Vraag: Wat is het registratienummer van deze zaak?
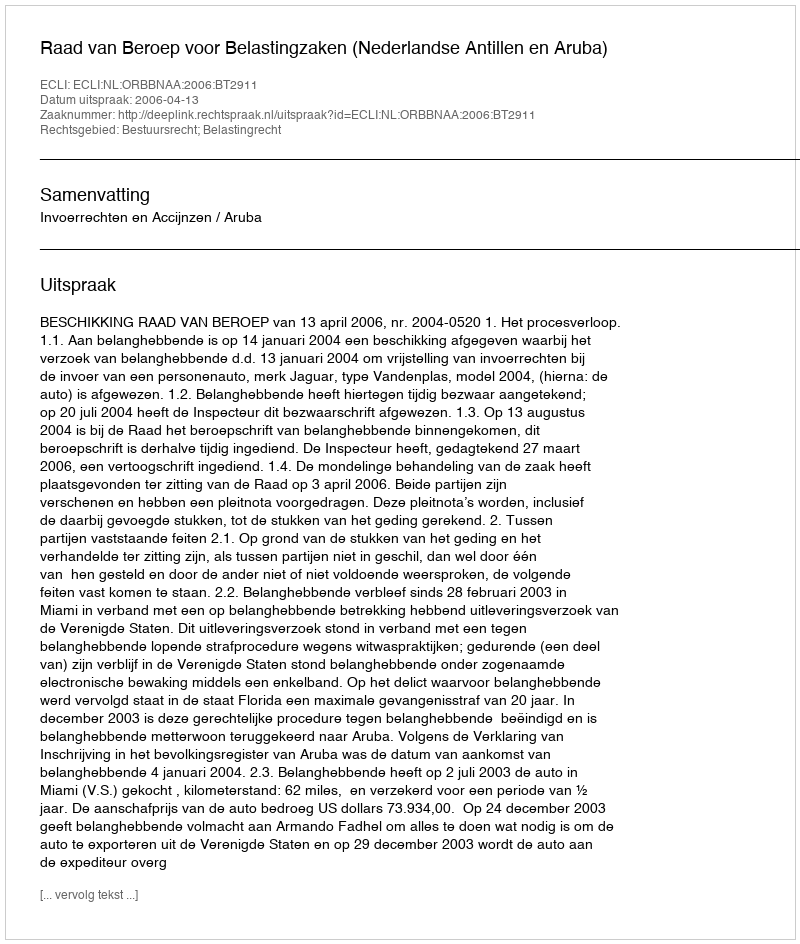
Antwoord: http://deeplink.rechtspraak.nl/uitspraak?id=ECLI:NL:ORBBNAA:2006:BT2911